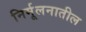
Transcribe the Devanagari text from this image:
निर्मूलनातील